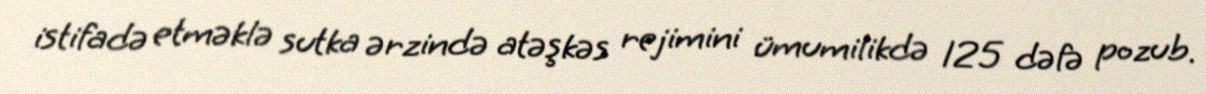
istifadə etməklə sutka ərzində atəşkəs rejimini ümumilikdə 125 dəfə pozub.